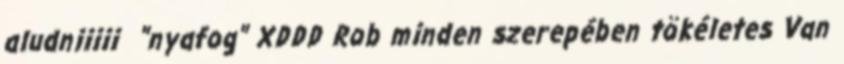
aludniiiii "nyafog" XDDD Rob minden szerepében tökéletes Van